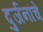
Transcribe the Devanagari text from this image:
दुर्जनांचे